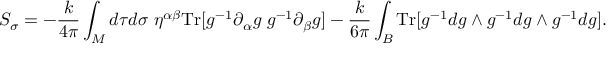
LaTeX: S _ { \sigma } = - \frac { k } { 4 \pi } \int _ { M } d \tau d \sigma \; \eta ^ { \alpha \beta } \mathrm { T r } [ g ^ { - 1 } \partial _ { \alpha } g \; g ^ { - 1 } \partial _ { \beta } g ] - \frac { k } { 6 \pi } \int _ { B } \mathrm { T r } [ g ^ { - 1 } d g \wedge g ^ { - 1 } d g \wedge g ^ { - 1 } d g ] .